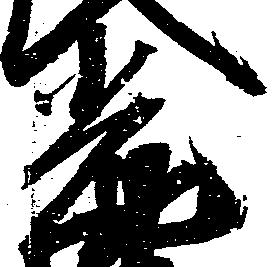
光